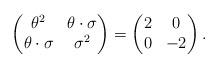
LaTeX: \begin{align*}\begin{pmatrix}\theta^2 & \theta\cdot\sigma \\\theta\cdot\sigma & \sigma^2\end{pmatrix}=\begin{pmatrix}2 & 0 \\0 & -2\end{pmatrix}.\end{align*}